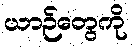
ယာဉ်တွေကို